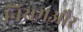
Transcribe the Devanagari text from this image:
नियमऔर